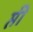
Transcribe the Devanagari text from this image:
प्ती